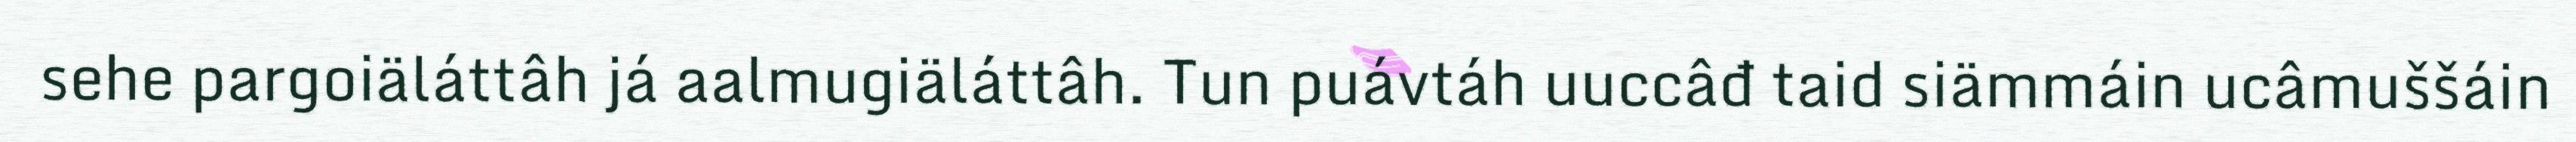
sehe pargoiäláttâh já aalmugiäláttâh. Tun puávtáh uuccâđ taid siämmáin ucâmuššáin